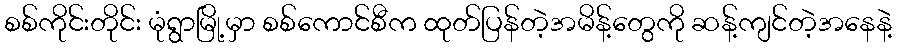
စစ်ကိုင်းတိုင်း မုံရွာမြို့မှာ စစ်ကောင်စီက ထုတ်ပြန်တဲ့အမိန့်တွေကို ဆန့်ကျင်တဲ့အနေနဲ့